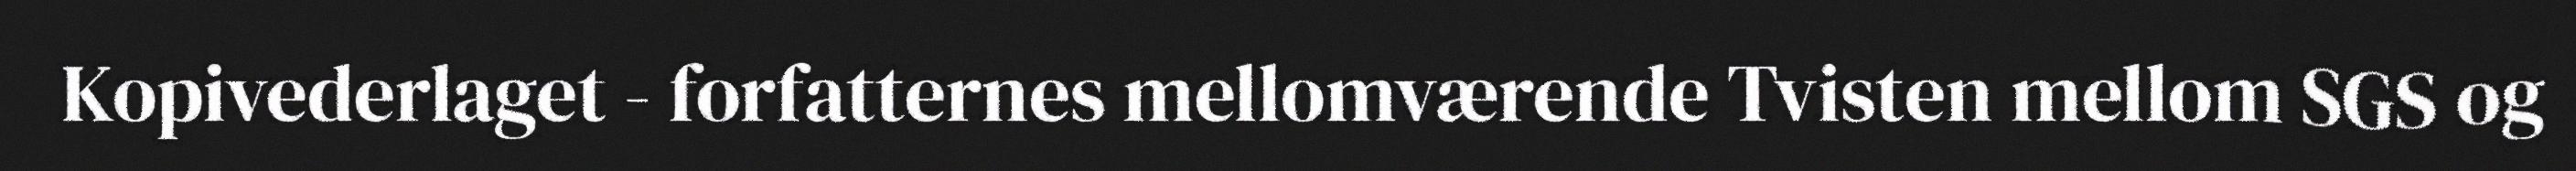
Kopivederlaget - forfatternes mellomværende Tvisten mellom SGS og